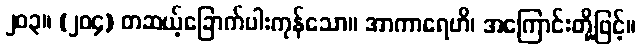
၂၀၃။ (၂၀၄) တဆယ့်ခြောက်ပါးကုန်သော။ အာကာရေဟိ၊ အကြောင်းတို့ဖြင့်။